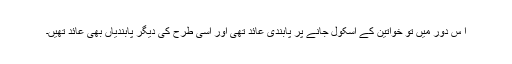
ا س دور میں تو خواتین کے اسکول جانے پر پابندی عائد تھی اور اسی طرح کی دیگر پابندیاں بھی عائد تھیں۔